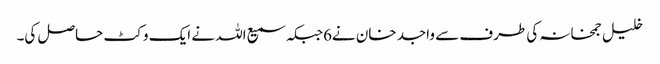
خلیل جمخانہ کی طرف سے واجد خان نے6جبکہ سمیع اللہ نے ایک وکٹ حاصل کی۔